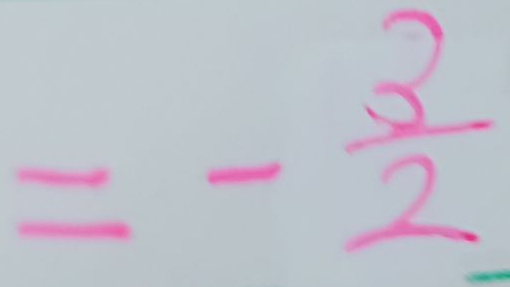
= - \frac { 3 } { 2 }